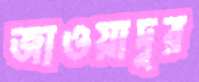
জাওয়াদুর